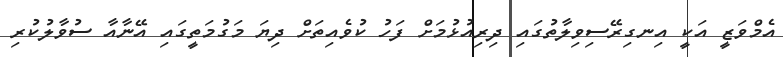
އެމްވަޒީ އަކީ އިނގިރޭސިވިލާތުގައި ދިރިއުޅުމަށް ފަހު ކުވެއިތަށް ދިޔަ މަގުމަތީގައި އޭނާއާ ސުވާލުކުރި